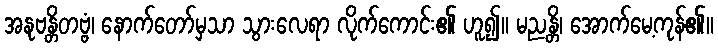
အနုဗန္တိတဗ္ဗံ၊ နောက်တော်မှသာ သွားလေရာ လိုက်ကောင်း၏ ဟူ၍။ မညန္တိ၊ အောက်မေ့ကုန်၏။